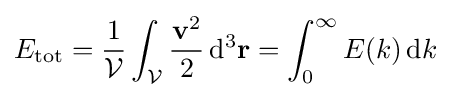
E_{\text{tot}}={\frac {1}{\mathcal {V}}}\int _{\mathcal {V}}{\frac {\mathbf {v} ^{2}}{2}}\,\mathrm {d} ^{3}\mathbf {r} =\int _{0}^{\infty }E(k)\,\mathrm {d} k